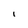
Character: l